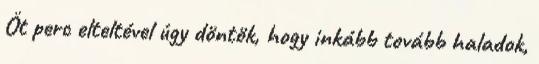
Öt perc elteltével úgy döntök, hogy inkább tovább haladok,